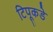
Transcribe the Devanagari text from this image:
टिपूकडे